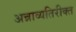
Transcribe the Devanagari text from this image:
अन्नाव्यतिरीक्त